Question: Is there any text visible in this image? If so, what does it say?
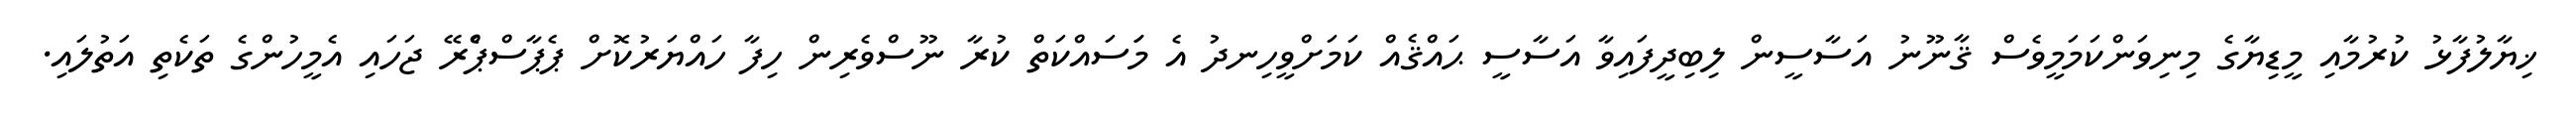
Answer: ޚިޔާލުފާޅު ކުރުމާއި މީޑިޔާގެ މިނިވަންކަމަމީވެސް ޤާނޫނު އަސާސީން ލިބިދީފައިވާ އަސާސީ ޙައްޤެއް ކަމަށްވީހިނދު އެ މަަސައްކަތް ކުރާ ނޫސްވެރިން ހިފާ ހައްޔަރުކޮށް ޕެޕާސްޕްެރޭ ޖަހައި އެމީހުންގެ ތަކެތި އަތުލައި.